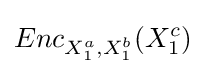
Enc_{X_{1}^{a},X_{1}^{b}}(X_{1}^{c})